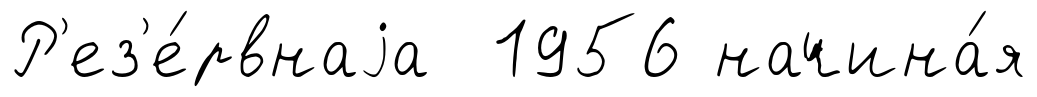
Р'ез'е́рвнаjа 1956 начина́я